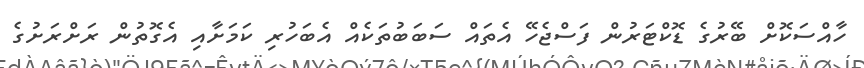
ހާއްސަކޮށް ބޭރުގެ ޑޮކްޓަރުން ފަސްޖެހޭ އެތައް ސަބަބުތަކެއް އެބަހުރި ކަމަށާއި އެގޮތުން ރަށްރަށުގެ